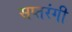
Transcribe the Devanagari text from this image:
सप्‍तरंगी